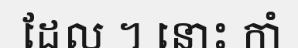
ដែល ។ នោះ កាំ